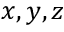
x , y , z